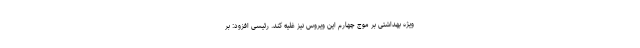
ویژه بهداشتی بر موج چهارم این ویروس نیز غلیه کند. رئیسی افزود: بر